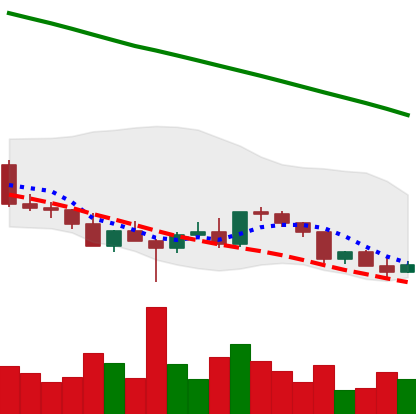
Ticker: EOS-USD
Chart end date: 2022-03-08
Forward return: -3.059%
Label: down_3_5